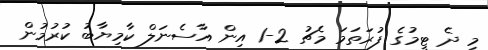
މި ދެ ޓީމުގެ ފުރަތަމަ މެޗު 2-1 އިން އާސެނަލް ކާމިޔާބު ކުރުމުން